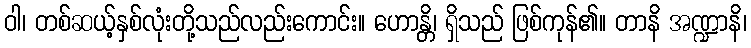
ဝါ၊ တစ်ဆယ့်နှစ်လုံးတို့သည်လည်းကောင်း။ ဟောန္တိ၊ ရှိသည် ဖြစ်ကုန်၏။ တာနိ အဏ္ဍာနိ၊